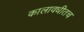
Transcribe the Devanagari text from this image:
कालावधीतच